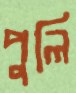
পুলি